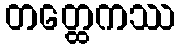
တတ္ထေကဿ